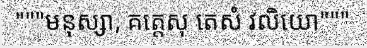
"""មនុស្សា, គត្តេសុ តេសំ វលិយោ"""